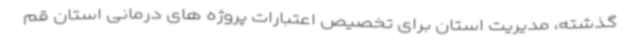
گذشته، مدیریت استان برای تخصیص اعتبارات پروژه های درمانی استان قم